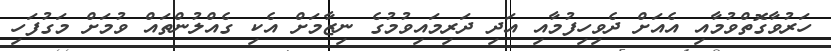
ހަރުވާގޮތްވުމާއި އެއަށް ދެވިހިފުމާއި އަދި ދަރިމައިވުމުގެ ނިޒާމަށް އެކި ގެއްލުންތައް ވުމަށް މަގުފަހި